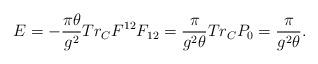
LaTeX: \begin{align*}E=-\frac{\pi\theta}{g^2}Tr_{C}F^{12}F_{12}=\frac{\pi}{g^2\theta}Tr_{C}P_0=\frac{\pi}{g^2\theta}.\end{align*}